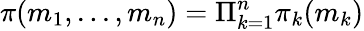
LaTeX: \pi(m_{1},...,m_{n})=\Pi_{k=1}^{n}\pi_{k}(m_{k})